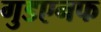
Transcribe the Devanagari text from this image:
गुडएनफ